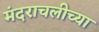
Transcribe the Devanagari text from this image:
मंदराचलीच्या